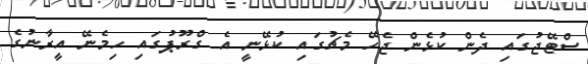
ސްޓޭޖުގައި ދެން ކުޅެން ޖެހޭ މެޗުގައި ކުޅޭނީ އެ ގްރޫޕުގައި ހިމެނޭ އީރާނުގެ